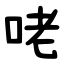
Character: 咾